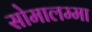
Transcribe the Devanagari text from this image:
सोमालम्मा